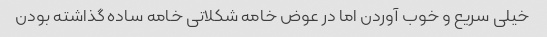
خیلی سریع و خوب آوردن اما در عوض خامه شکلاتی خامه ساده گذاشته بودن